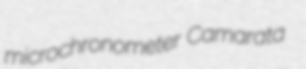
microchronometer Camarata